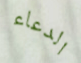
الدعاء